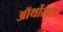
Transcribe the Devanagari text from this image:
ऑर्थोसस